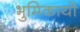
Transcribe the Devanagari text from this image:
भुमिकायों